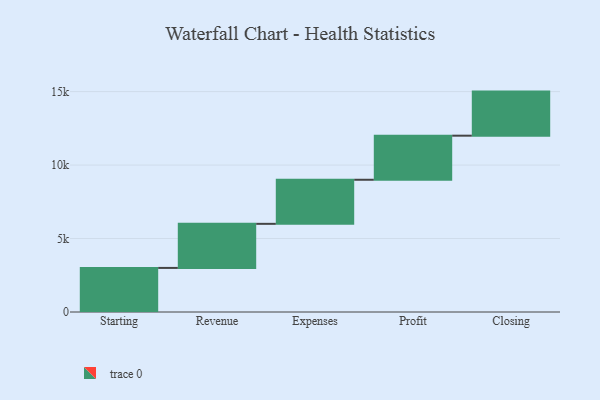
{"axis": {"x": "Step", "y": "Value"}, "legend": [""], "data": [{"x": "Starting", "y": 3000, "type": ""}, {"x": "Revenue", "y": 3000, "type": ""}, {"x": "Expenses", "y": 3000, "type": ""}, {"x": "Profit", "y": 3000, "type": ""}, {"x": "Closing", "y": 3000, "type": ""}]}